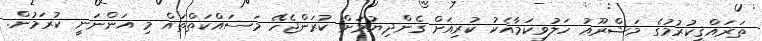
ތަރައްޤީކުރުމުގެ މަޝްރޫޢު ހަލުވިކަމާއެކު ކުރިއަށް ގެންދިޔުމަށް ކުރަންޖެހޭ މަސައްކަތްތައް މި އަންނަނީ ކުރަމުން.